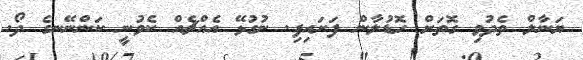
ޔަނާލް ތެދުވި ގޮތަށް ހޮޑުލާން ފަށައިފި. ނުގުޅޭ އެއްޗެއް ކެވުނީ ކަންނޭނގެ ދޯ.